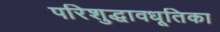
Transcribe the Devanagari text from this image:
परिशुद्धावधूतिका